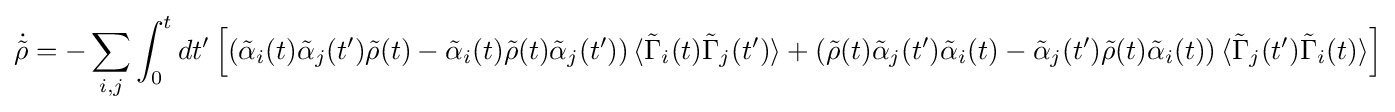
{\dot {\tilde {\rho }}}=-\sum _{i,j}\int _{0}^{t}dt'\left[\left({\tilde {\alpha }}_{i}(t){\tilde {\alpha }}_{j}(t'){\tilde {\rho }}(t)-{\tilde {\alpha }}_{i}(t){\tilde {\rho }}(t){\tilde {\alpha }}_{j}(t')\right)\langle {\tilde {\Gamma }}_{i}(t){\tilde {\Gamma }}_{j}(t')\rangle +\left({\tilde {\rho }}(t){\tilde {\alpha }}_{j}(t'){\tilde {\alpha }}_{i}(t)-{\tilde {\alpha }}_{j}(t'){\tilde {\rho }}(t){\tilde {\alpha }}_{i}(t)\right)\langle {\tilde {\Gamma }}_{j}(t'){\tilde {\Gamma }}_{i}(t)\rangle \right]